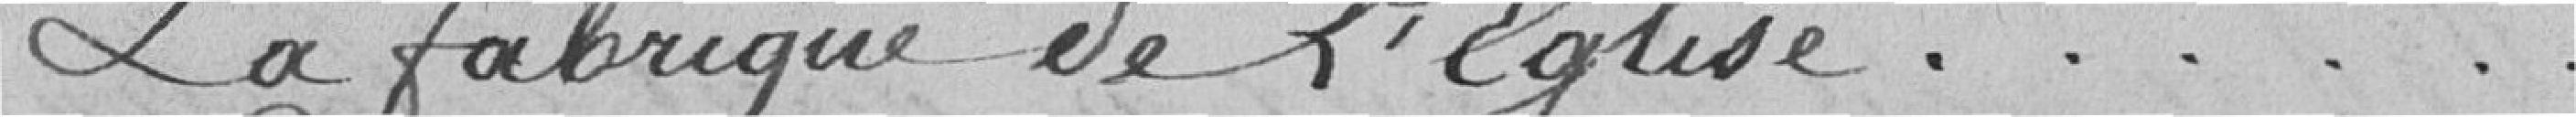
La fabrique de l'Eglise